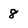
Character: 8